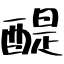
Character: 醍